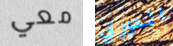
معي الدوري